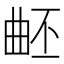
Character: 𣌹